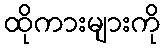
ထိုကားများကို